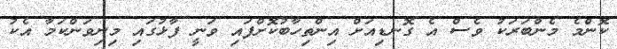
ކޮންމެ މެންބަރަކު ވެސް އެ ގޮނޑިއަށް އިންތިހާބުކޮށްފައި ވަނީ ފާޅުގައި މިނިވަންކަމާ އެކު